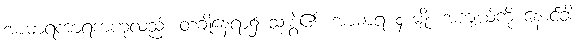
အာဓာရကာရကဟုလည်း တချို့နေရာ၌ သုံးစွဲ၏၊ အာဓာရ ၄ မျိုး အကျယ်ကို နောင်ခါ